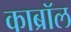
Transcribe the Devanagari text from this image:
काब्रॉल